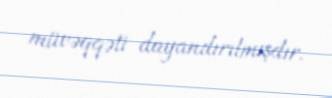
müvəqqəti dayandırılmışdır.